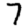
Digit: 7